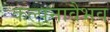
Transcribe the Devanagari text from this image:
कल्पनावैभव